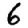
Digit: 6